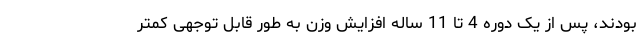
بودند، پس از یک دوره 4 تا 11 ساله افزایش وزن به طور قابل توجهی کمتر